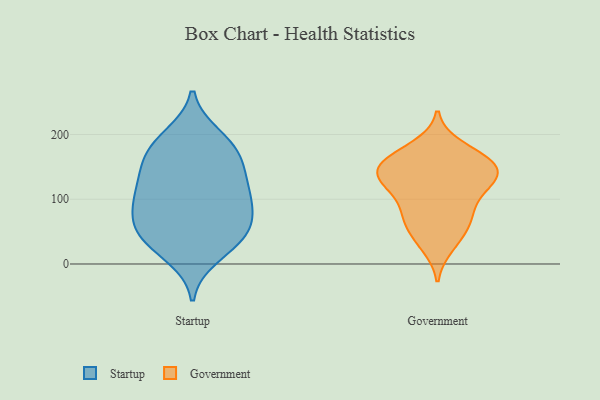
{"axis": {"x": "Customer Acquisition Cost (USD)", "y": "Value"}, "legend": ["Government", "Startup"], "data": [{"x": "", "y": 165, "type": "Startup"}, {"x": "", "y": 55, "type": "Startup"}, {"x": "", "y": 118, "type": "Startup"}, {"x": "", "y": 161, "type": "Startup"}, {"x": "", "y": 104, "type": "Startup"}, {"x": "", "y": 192, "type": "Startup"}, {"x": "", "y": 180, "type": "Startup"}, {"x": "", "y": 45, "type": "Startup"}, {"x": "", "y": 12, "type": "Startup"}, {"x": "", "y": 44, "type": "Startup"}, {"x": "", "y": 64, "type": "Startup"}, {"x": "", "y": 96, "type": "Startup"}, {"x": "", "y": 94, "type": "Startup"}, {"x": "", "y": 138, "type": "Startup"}, {"x": "", "y": 198, "type": "Startup"}, {"x": "", "y": 144, "type": "Startup"}, {"x": "", "y": 25, "type": "Startup"}, {"x": "", "y": 98, "type": "Startup"}, {"x": "", "y": 55, "type": "Startup"}, {"x": "", "y": 139, "type": "Government"}, {"x": "", "y": 181, "type": "Government"}, {"x": "", "y": 62, "type": "Government"}, {"x": "", "y": 116, "type": "Government"}, {"x": "", "y": 170, "type": "Government"}, {"x": "", "y": 129, "type": "Government"}, {"x": "", "y": 117, "type": "Government"}, {"x": "", "y": 122, "type": "Government"}, {"x": "", "y": 156, "type": "Government"}, {"x": "", "y": 150, "type": "Government"}, {"x": "", "y": 140, "type": "Government"}, {"x": "", "y": 75, "type": "Government"}, {"x": "", "y": 158, "type": "Government"}, {"x": "", "y": 71, "type": "Government"}, {"x": "", "y": 39, "type": "Government"}, {"x": "", "y": 82, "type": "Government"}, {"x": "", "y": 153, "type": "Government"}, {"x": "", "y": 28, "type": "Government"}]}